Indian journal of veterinary science and animal husbandry - Volumes 18-21, 1948-1951
Year: 1948
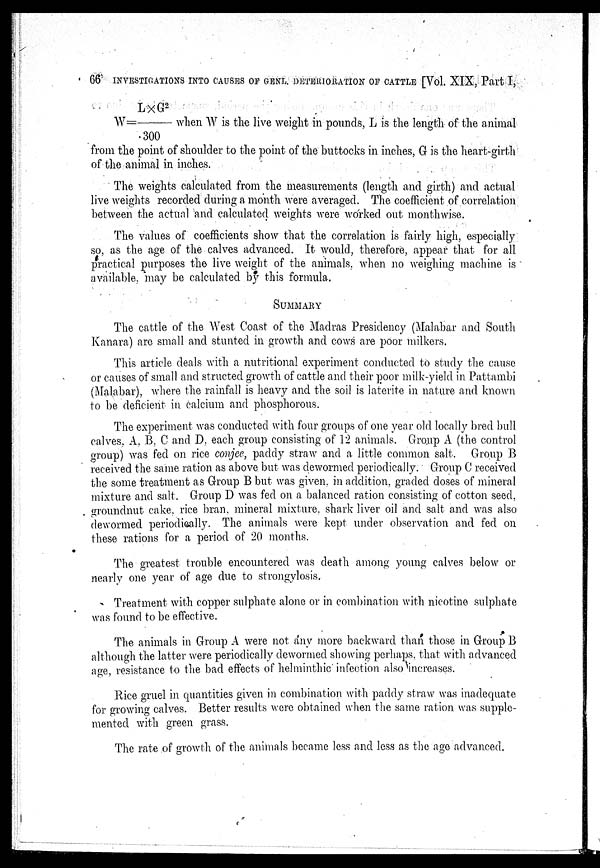
66 INVESTIGATIONS INTO CAUSES OF GENL. DETERIORATION OF CATTLE [Vol. XIX, Part I,
W=L×G 2 /.300 when W is the live weight in pounds, L is the length of the animal
from the point of shoulder to the point of the buttocks in inches, G is the heart-girth
of the animal in inches.
The weights calculated from the measurements (length and girth) and actual
live weights recorded during a month were averaged. The coefficient of correlation
between the actual and calculated weights were worked out monthwise.
The values of coefficients show that the correlation is fairly high, especially
so, as the age of the calves advanced. It would, therefore, appear that for all
practical purposes the live weight of the animals, when no weighing machine is
available, may be calculated by this formula.
SUMMARY
The cattle of the West Coast of the Madras Presidency (Malabar and South
Kanara) are small and stunted in growth and cows are poor milkers.
This article deals with a nutritional experiment conducted to study the cause
or causes of small and structed growth of cattle and their poor milk-yield in Pattambi
(Malabar), where the rainfall is heavy and the soil is laterite in nature and known
to be deficient in calcium and phosphorous.
The experiment was conducted with four groups of one year old locally bred bull
calves. A. B. C and D. each group consisting of 12 animals. Group A (the control
group) was fed on rice conjee, paddy straw and a little common salt. Group B
received the same ration as above but was dewormed periodically. Group C received
the some treatment as Group B but was given, in addition, graded doses of mineral
mixture and salt. Group D was fed on a balanced ration consisting of cotton seed,
groundnut cake, rice bran, mineral mixture, shark liver oil and salt and was also
dewormed periodically. The animals were kept under observation and fed on
these rations for a period of 20 months.
The greatest trouble encountered was death among young calves below or
nearly one year of age due to strongylosis.
Treatment with copper sulphate alone or in combination with nicotine sulphate
was found to be effective.
The animals in Group A were not any more backward than those in Group B
although the latter were periodically dewormed showing perhaps, that with advanced
age, resistance to the bad effects of helminthic infection also increases.
Rice gruel in quantities given in combination with paddy straw was inadequate
for growing calves. Better results were obtained when the same ration was supple-
mented with green grass.
The rate of growth of the animals became less and less as the age advanced.